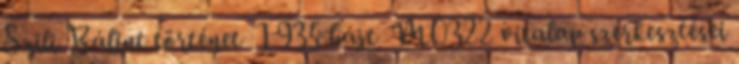
‎Szili Bálint történet ‎ 1 935 bájt ‎M0322 vitalap szerkesztései